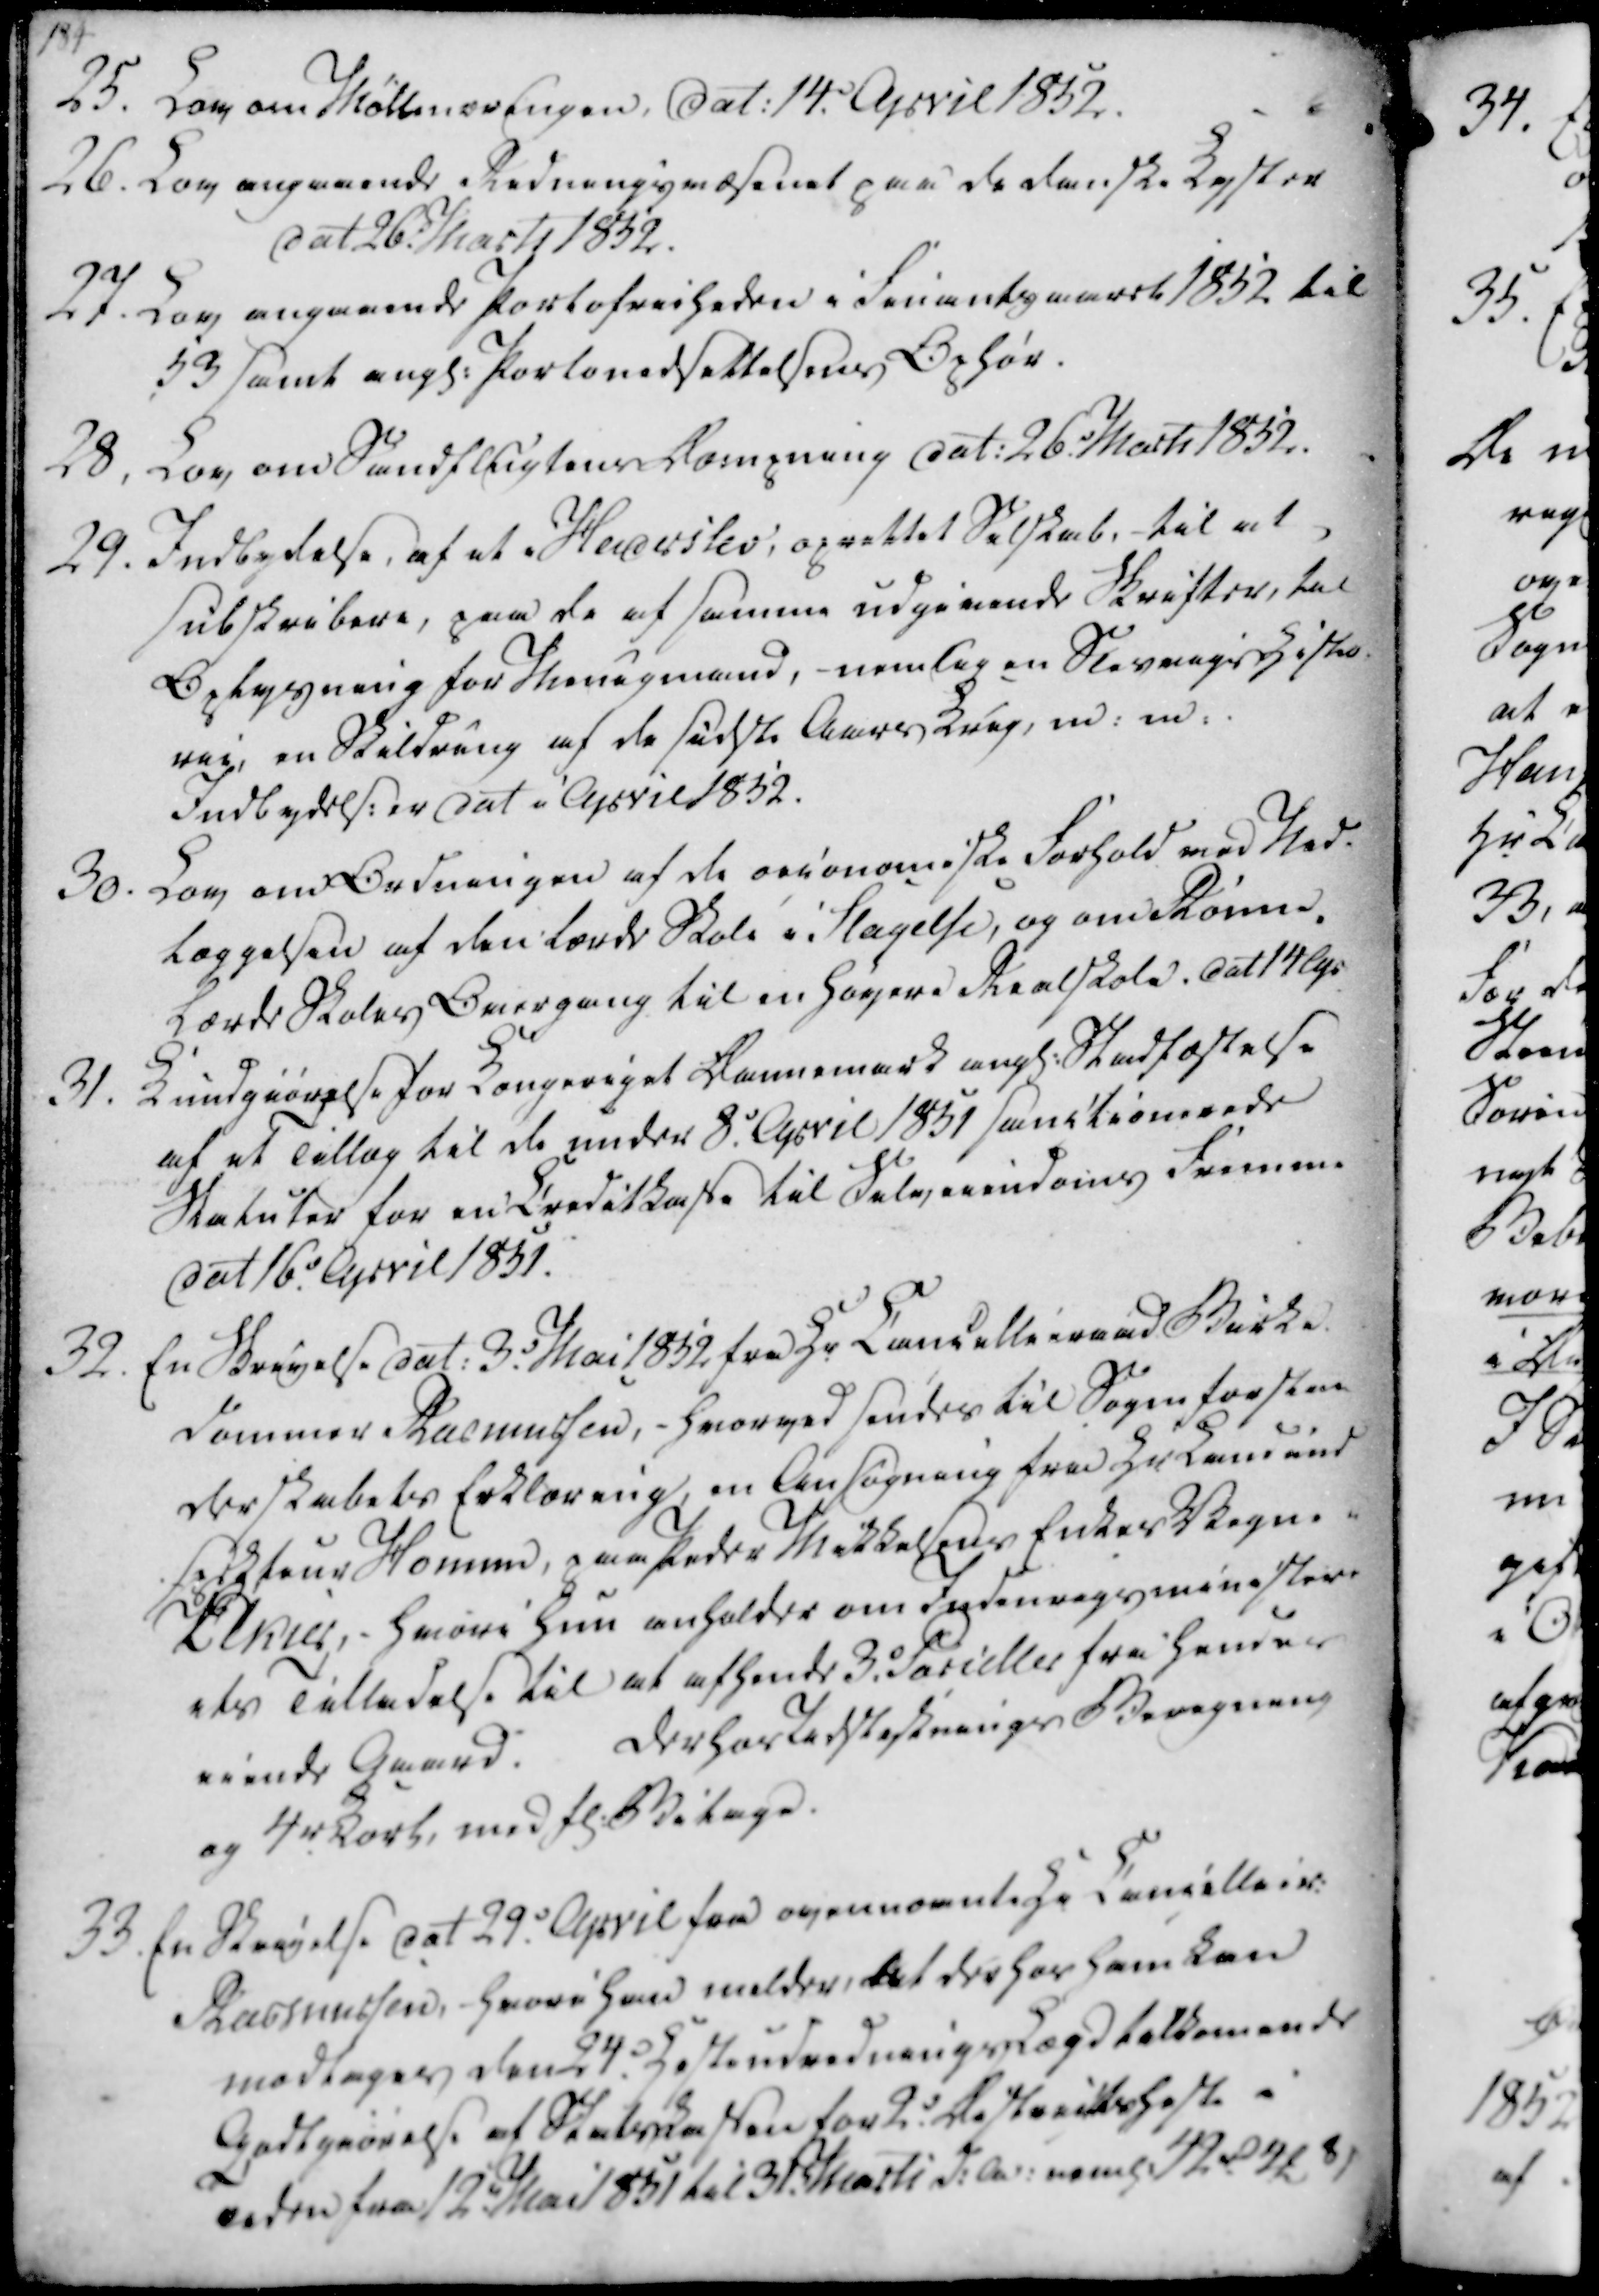
Transskription:
25. Lov om Møllenæs Engen, dat. 14. April 1852.

26. Lov angaaende Redningsvæsenet paa de danske Kyster

dat 26. Marts 1852.

27. Lov angaaende Portofrieheden i Finantgaarst 1852 til

53 samt angl. Portonedsettelsens Ophør.

28, Lov om Sandflugtens Dæmpning dat. 26. Marts 1852.

25. Lov om Møllenæs Engen, dat. 14. April 1852.
26. Lov angaaende Redningsvæsenet paa de danske Kyster
dat 26. Marts 1852.
27. Lov angaaende Portofrieheden i Finantgaarst 1852 til
53 samt angl. Portonedsettelsens Ophør.
28, Lov om Sandflugtens Dæmpning dat. 26. Marts 1852.

29. Indbydelse, af et i Haderslev, oprettet Selskab, til at

subskribere, paa de af samme udgivende Skrifter, til

Oplysning for Menigmand, - nemlig en Stevnings Histo

rie, en Skildring af de sidste Aars Krig, m.m.

Indbydels. er dat i April 1852.

30. Lov om Ordningen af de økonomiske Forhold med Ned-

læggelsen af den lærde Skole i Slagelse, og om Rønne

Lærde Skoles Overgang til en Høyere Realskole. dat 14 Apr

31. Kundgiørelse for Kongeriget Dannemark angl. Stadfæstelse

af et Tillæg til de under 8. April 1851 sanctionerede

Satuter for en Creditkasse til Selveiendoms Fremme

dat 16. April 1851.

29. Indbydelse, af et i Haderslev, oprettet Selskab, til at
subskribere, paa de af samme udgivende Skrifter, til
Oplysning for Menigmand, - nemlig en Stevnings Histo
rie, en Skildring af de sidste Aars Krig, m.m.
Indbydels. er dat i April 1852.
30. Lov om Ordningen af de økonomiske Forhold med Ned-
læggelsen af den lærde Skole i Slagelse, og om Rønne
Lærde Skoles Overgang til en Høyere Realskole. dat 14 Apr
31. Kundgiørelse for Kongeriget Dannemark angl. Stadfæstelse
af et Tillæg til de under 8. April 1851 sanctionerede
Satuter for en Creditkasse til Selveiendoms Fremme
dat 16. April 1851.

32. En Skrivelse dat. 3. Mai 1852 fra Hr Cancellieraad Birke

dommer Rasmussen, - hvorved sendes til Sogneforstan-

derskabets Erklæring, en Ansøgning fra Landmind

sepkteur Homun, paa Peder Mikkelsens Enkes Vegne i

Elkier, - hvori hun anholder om Indenrigsministeri

ets Tilladelse til at afhende 3. Parceller fra hendes

eiende Gaard.

Derhos Indstestnings Beregning

og 4r Kort, med fl. Bilage.

33. En Skrivelse dat 29. April fra ovennævnte Hr Cancellier.

Rasmussen, - hvori han melder, det der hos ham kan

modtages den 24. Hesteudrednings Lægd tilkomende

Godtgjørelse af Statskassen for 2. Districtsheste i

Tiden fra 12 Mai 1851 til 31. Marts d.A. neml. 42 rd 4 ₻ 8 ẞ

32. En Skrivelse dat. 3. Mai 1852 fra Hr Cancellieraad Birke
dommer Rasmussen, - hvorved sendes til Sogneforstan-
derskabets Erklæring, en Ansøgning fra Landmind
sepkteur Homun, paa Peder Mikkelsens Enkes Vegne i
Elkier, - hvori hun anholder om Indenrigsministeri
ets Tilladelse til at afhende 3. Parceller fra hendes
eiende Gaard.
Derhos Indstestnings Beregning
og 4r Kort, med fl. Bilage.
33. En Skrivelse dat 29. April fra ovennævnte Hr Cancellier.
Rasmussen, - hvori han melder, det der hos ham kan
modtages den 24. Hesteudrednings Lægd tilkomende
Godtgjørelse af Statskassen for 2. Districtsheste i
Tiden fra 12 Mai 1851 til 31. Marts d.A. neml. 42 rd 4 ₻ 8 ẞ